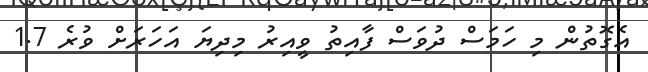
އެގޮތުން މި ހަމަސް ދުވަސް ފާއިތު ވީއިރު މިދިޔަ އަހަރަށް ވުރެ 1.7